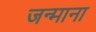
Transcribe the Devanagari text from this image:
जन्माना